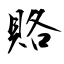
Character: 賂